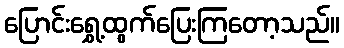
ပြောင်းရွှေ့ထွက်ပြေးကြတော့သည်။